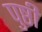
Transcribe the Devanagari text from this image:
पुष्ठी